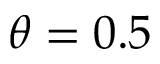
\theta = 0 . 5